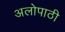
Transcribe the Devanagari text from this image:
अलोपाठी